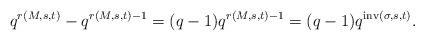
LaTeX: \begin{align*}q^{r(M,s,t)}-q^{r(M,s,t)-1} = (q-1)q^{r(M,s,t)-1} = (q-1)q^{\mathrm{inv}(\sigma,s,t)}.\end{align*}